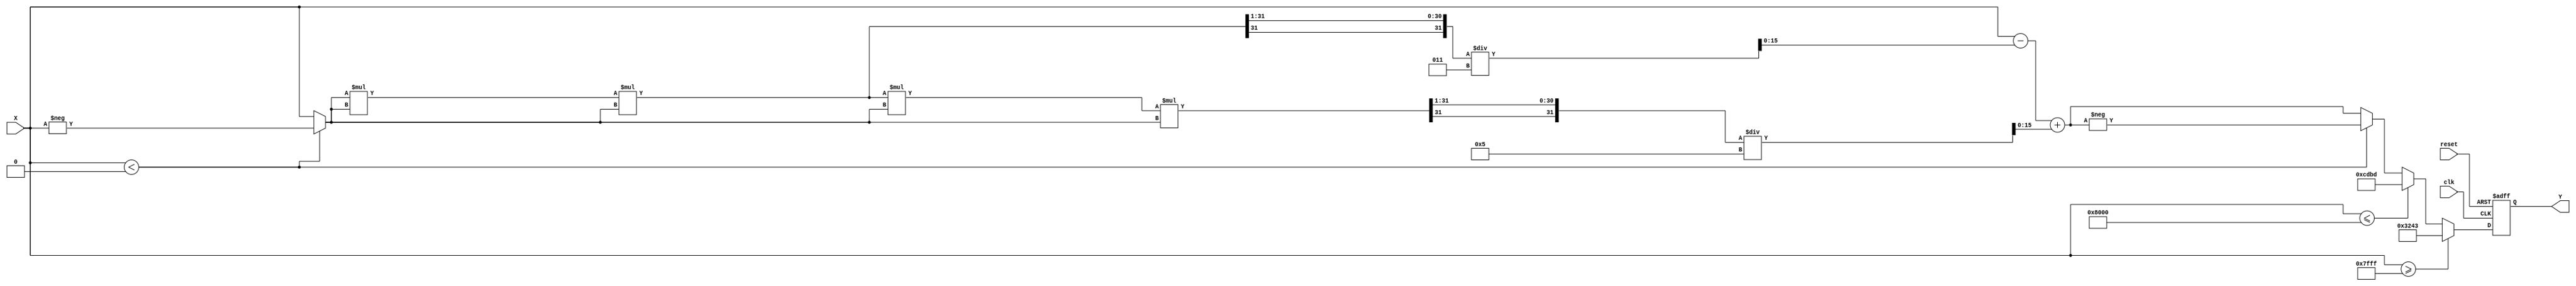
module atan (
    input wire clk,
    input wire reset,
    input wire signed [15:0] X, // Fixed-point input
    output reg signed [15:0] Y  // Fixed-point output
);

    parameter PI_OVER_2 = 16'h3243; // /2 in Q1.15 format (approximately 1.5708)
    parameter MAX_INPUT = 16'h7FFF; // Maximum positive input value
    parameter MIN_INPUT = 16'h8000; // Maximum negative input value

    reg signed [15:0] x_abs;
    reg signed [15:0] result;

    always @(posedge clk or posedge reset) begin
        if (reset) begin
            Y <= 16'h0; // Reset output
        end else begin
            // Handle edge cases
            if (X >= MAX_INPUT) begin
                Y <= PI_OVER_2; // atan(+)
            end else if (X <= MIN_INPUT) begin
                Y <= -PI_OVER_2; // atan(-)
            end else begin
                // Compute atan using a polynomial approximation
                x_abs = (X < 0) ? -X : X; // Take absolute value of X
                // Simple polynomial approximation: atan(x)  x - (x^3)/3 + (x^5)/5
                result = X; // Start with X
                result = result - ((x_abs * x_abs * x_abs) >>> 1) / 3; // Subtract x^3/3
                result = result + ((x_abs * x_abs * x_abs * x_abs * x_abs) >>> 1) / 5; // Add x^5/5
                
                // Adjust the sign of the result based on the input
                if (X < 0) begin
                    Y <= -result;
                end else begin
                    Y <= result;
                end
            end
        end
    end

endmodule